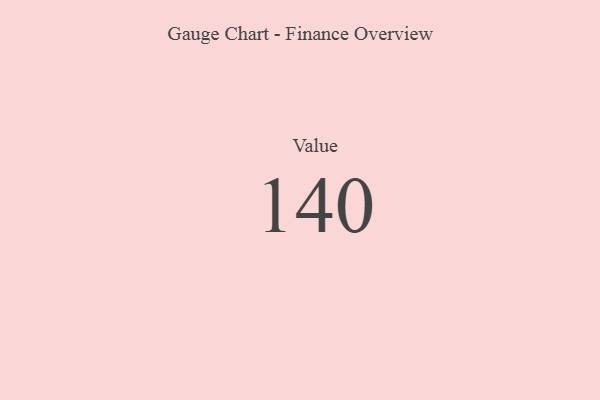
{"axis": {"x": "Metric", "y": "Value"}, "legend": [""], "data": [{"x": "Value", "y": 140, "type": ""}]}